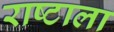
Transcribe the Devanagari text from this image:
राष्टाला